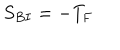
S _ { B I } = - T _ { \mathrm { F } }